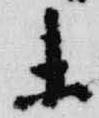
未